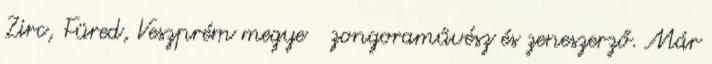
Zirc, Füred, Veszprém megye zongoraművész és zeneszerző. Már